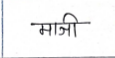
मजकूर: माजी